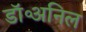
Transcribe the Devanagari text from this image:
डॉ॰अनिल